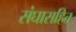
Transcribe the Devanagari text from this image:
संघासहित